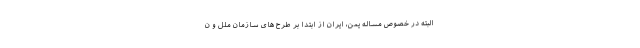
البته در خصوص مساله یمن، ایران از ابتدا بر طرح های سازمان ملل و ن